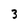
Character: 3